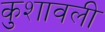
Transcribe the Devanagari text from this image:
कुशावली